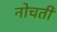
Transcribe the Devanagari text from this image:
नोचती